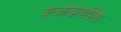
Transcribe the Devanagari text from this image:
बेन्जोडायपिंस